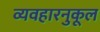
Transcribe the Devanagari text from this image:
व्यवहारनुकूल